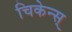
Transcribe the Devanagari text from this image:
चिकेन्स्